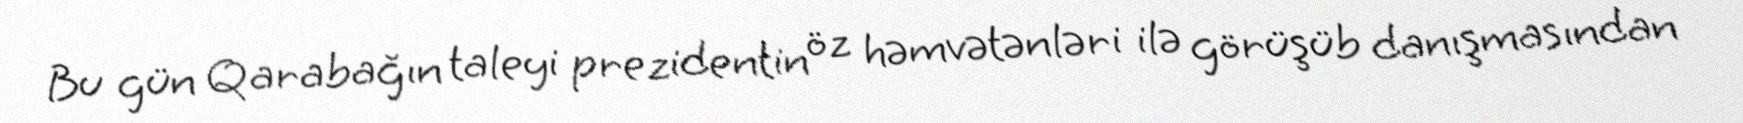
Bu gün Qarabağın taleyi prezidentin öz həmvətənləri ilə görüşüb danışmasından